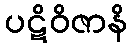
ပဋိဝိဇာနိ